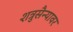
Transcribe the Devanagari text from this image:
शत्रुसैन्यावर